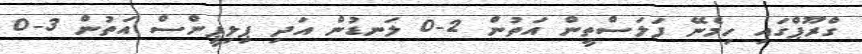
ގްރޫޕްގައި ހިމެނޭ ފަލަސްތީން އަތުން 2-0 ލަނޑުން އަދި ޕިލިޕީންސް އަތުން 3-0